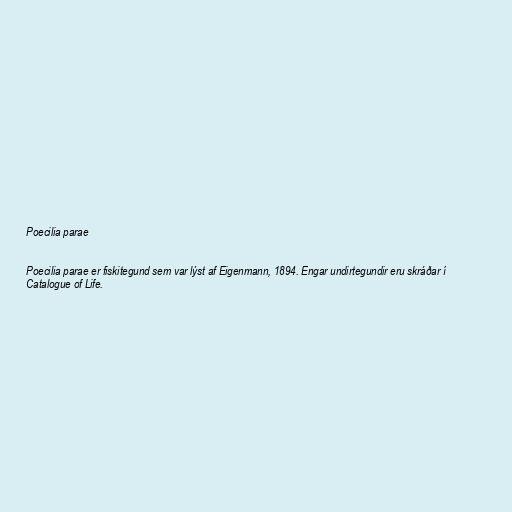
Poecilia parae

Poecilia parae er fiskitegund sem var lýst af Eigenmann, 1894. Engar undirtegundir eru skráðar í
Catalogue of Life.